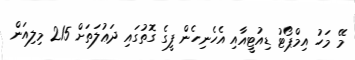
މޭ މަހު އިމްޕޯޓު ޑިއުޓީއާއި އެހެނިހެން ފީގެ ގޮތުގައި ދަޢުލަތަށް 215 މިލިއަން